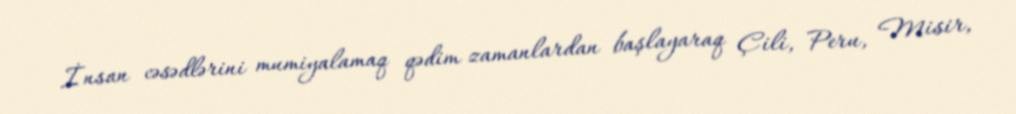
İnsan cəsədlərini mumiyalamaq qədim zamanlardan başlayaraq Çili, Peru, Misir,